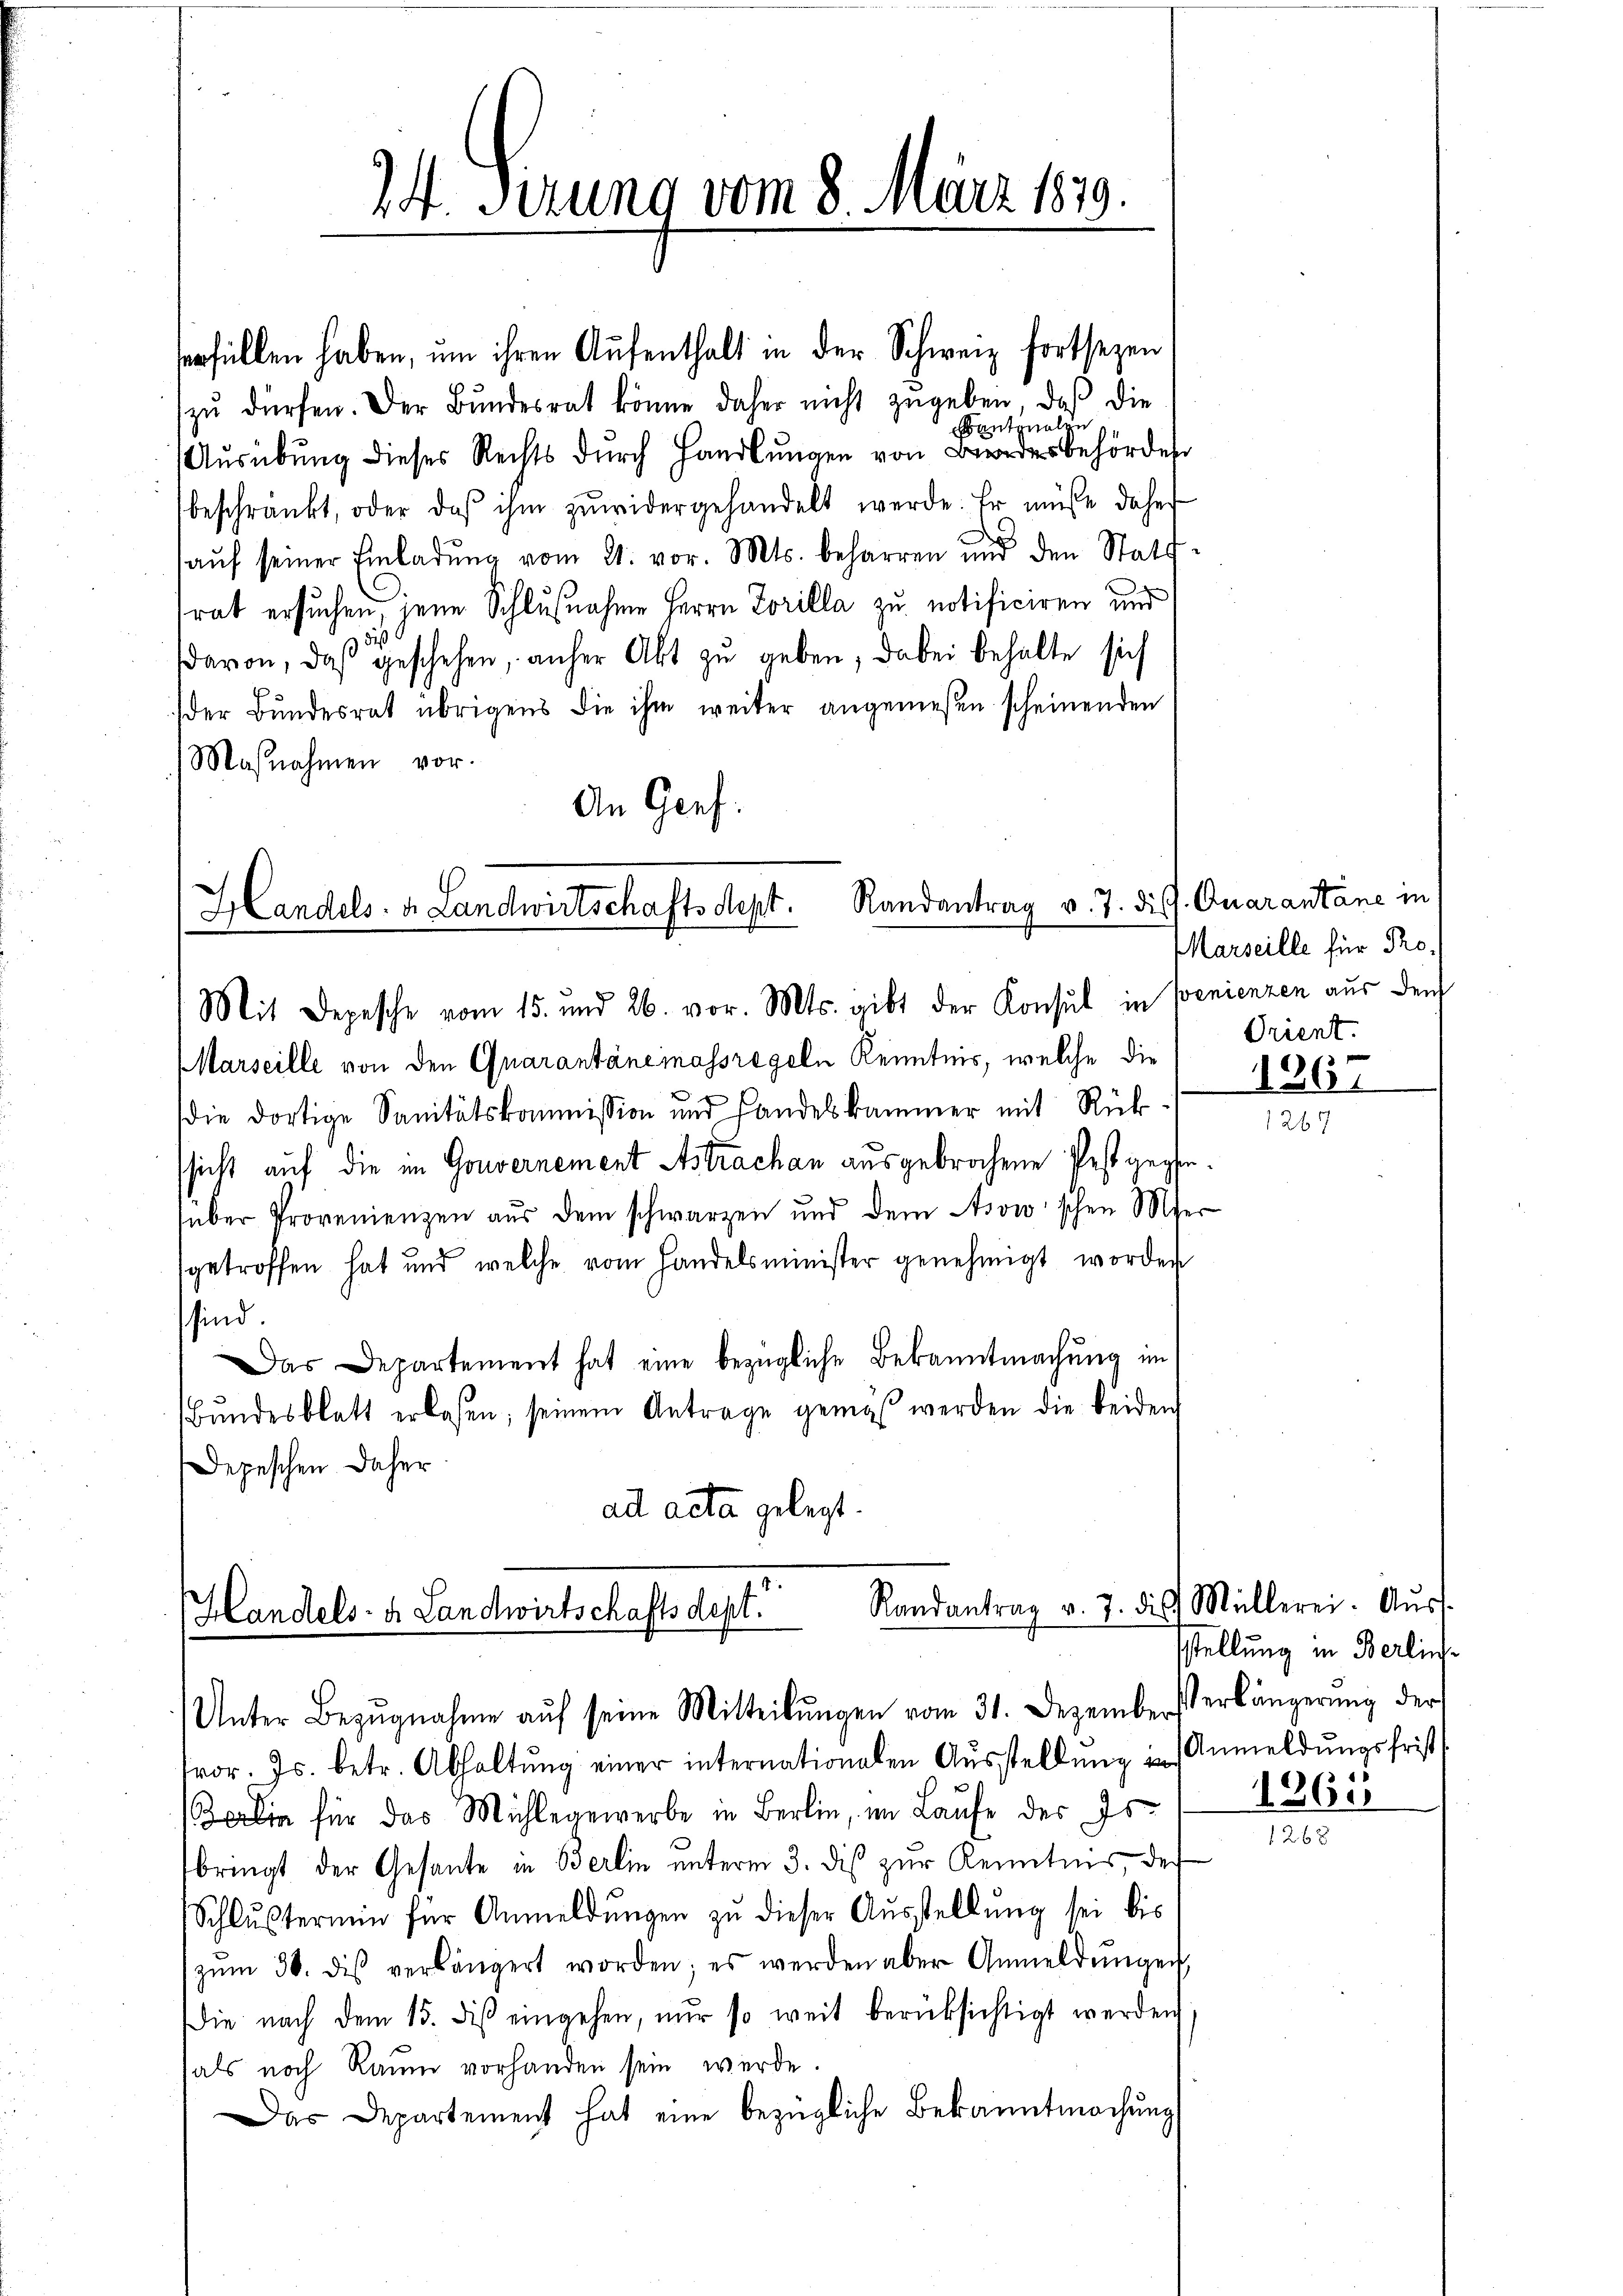
24. Serung vom 8. März 1819.

erfüllen haben, um ihren Aufenthalt in der Schweiz fortsezen,
zŭ dürfen. Der Bŭndesrat könne daher nicht zŭgeben, daß die
Kantonalen
Aŭsübŭng dieses Rechts dŭrch Handlŭngen von der behörden
beschränkt, oder das ihm zŭwidergehandelt werde. Er müsse daher
aŭf seiner Einladŭng vom 21. vor. Mts. beharren und den Stattrat ersuchen, jene Schlußnahme Herrn Torilla zu notificiren und
(davon, daß geschehen, anher Akt zu geben, dabei behalte sich
der Bundesrat übrigens die ihm weiter angemessen scheinenden
Maßnahmen vor.
An Genf.

Randantrag v. J. diss. Quarantane in
Handels. v. Landwirtschaftsdept.
.
Mit Depesche vom 15. und 26. vor. Mts. gibt der Konsul in Penienzen aus den

MMarseille von den Quarantanemassregeln Kenntnis, welche die

die dortige Sanitätskommission und Handeskammer mit Rükssicht auf die in Gouvernement Astrachan ausgebrochene Pest gegeüber Provenienzen aus dem schwarzen und dem Asowschen Mer
sgetroffen hat und welche vom Handelsminister genehmigt worden
sind.
Das Departement hat eine bezügliche Bekanntmachung im
Bŭndesblatt erlassen, seinem Antrage gemäβ werden die beiden
Depeschen daher
ad acta gelegt

Randantrag v. 7. dis
Handels- u. Landwirtschaftsdept.
Unter Bezŭgnahme aŭf seine Mitteilŭngen vom 31. Dezembersterlängerung der

Marseille für Pro.
Orient.

vor. Js. betr. Abhaltŭng einer internationalen Ausstellung in Anmeldungsfrist
lin für das Mühlegewerbe in Berlin, im Laufe des Is
bringt der Gesante in Berlin ŭnterm 3. dis zŭr Kenntnis, des
Schlustermin für Anmeldungen zu dieser Ausstellung sei bis
zŭm 30. des verlängert worden; es werden aber Anmeldŭngen
Die nach dem 15. diβ eingehen, nur so weit berücksichtigt werden
als noch Raum vorhanden sein werde.
Das Departement hat eine bezügliche Bekanntmachung

1267

Müllerei. Aus
sstellung in Berlin¬
1263